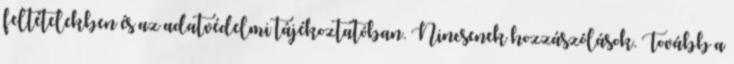
feltételekben és az adatvédelmi tájékoztatóban. Nincsenek hozzászólások. Tovább a